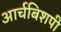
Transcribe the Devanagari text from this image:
आर्चबिशपी